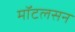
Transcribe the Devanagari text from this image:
मॉटलसन